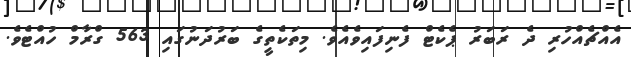
އެއްޗެއްހުރި ދެ ރަބަރު ޕެކެޓް ފެނިފައިވެއެވެ. މިތަކެތީގެ ބަރުދަނުގައި 563 ގްރާމް ހުއްޓެވެ.